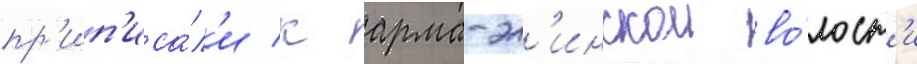
пр'ип'иса́л'и к арма-эл'инскои во́лост'и